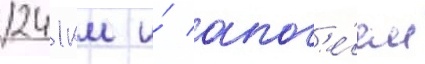
241 км и́ апог'е́ем